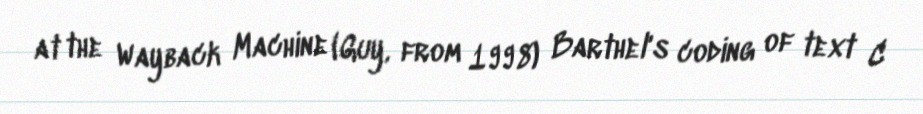
at the Wayback Machine (Guy, from 1998) Barthel's coding of text C